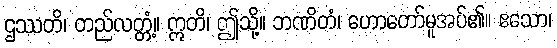
ဌဿတိ၊ တည်လတ္တံ့။ ဣတိ၊ ဤသို့။ ဘဏိတံ၊ ဟောတော်မူအပ်၏။ ဧသော၊